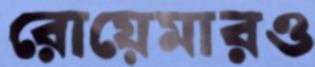
রোয়েমারও